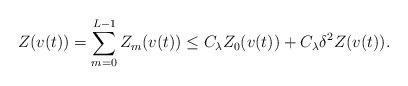
LaTeX: \begin{align*}Z(v(t)) = \sum_{m=0}^{L-1} Z_m(v(t)) \leq C_\lambda Z_0(v(t)) +C_\lambda \delta^2 Z(v(t)) .\end{align*}